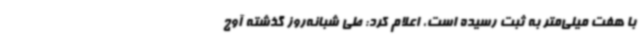
با هفت میلی‌متر به ثبت رسیده است، اعلام کرد: طی شبانه‌روز گذشته آوج